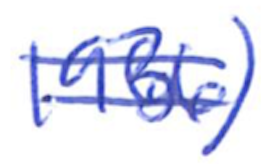
Text: 1936)
Cross-out: mix
Writing tool: ballpoint